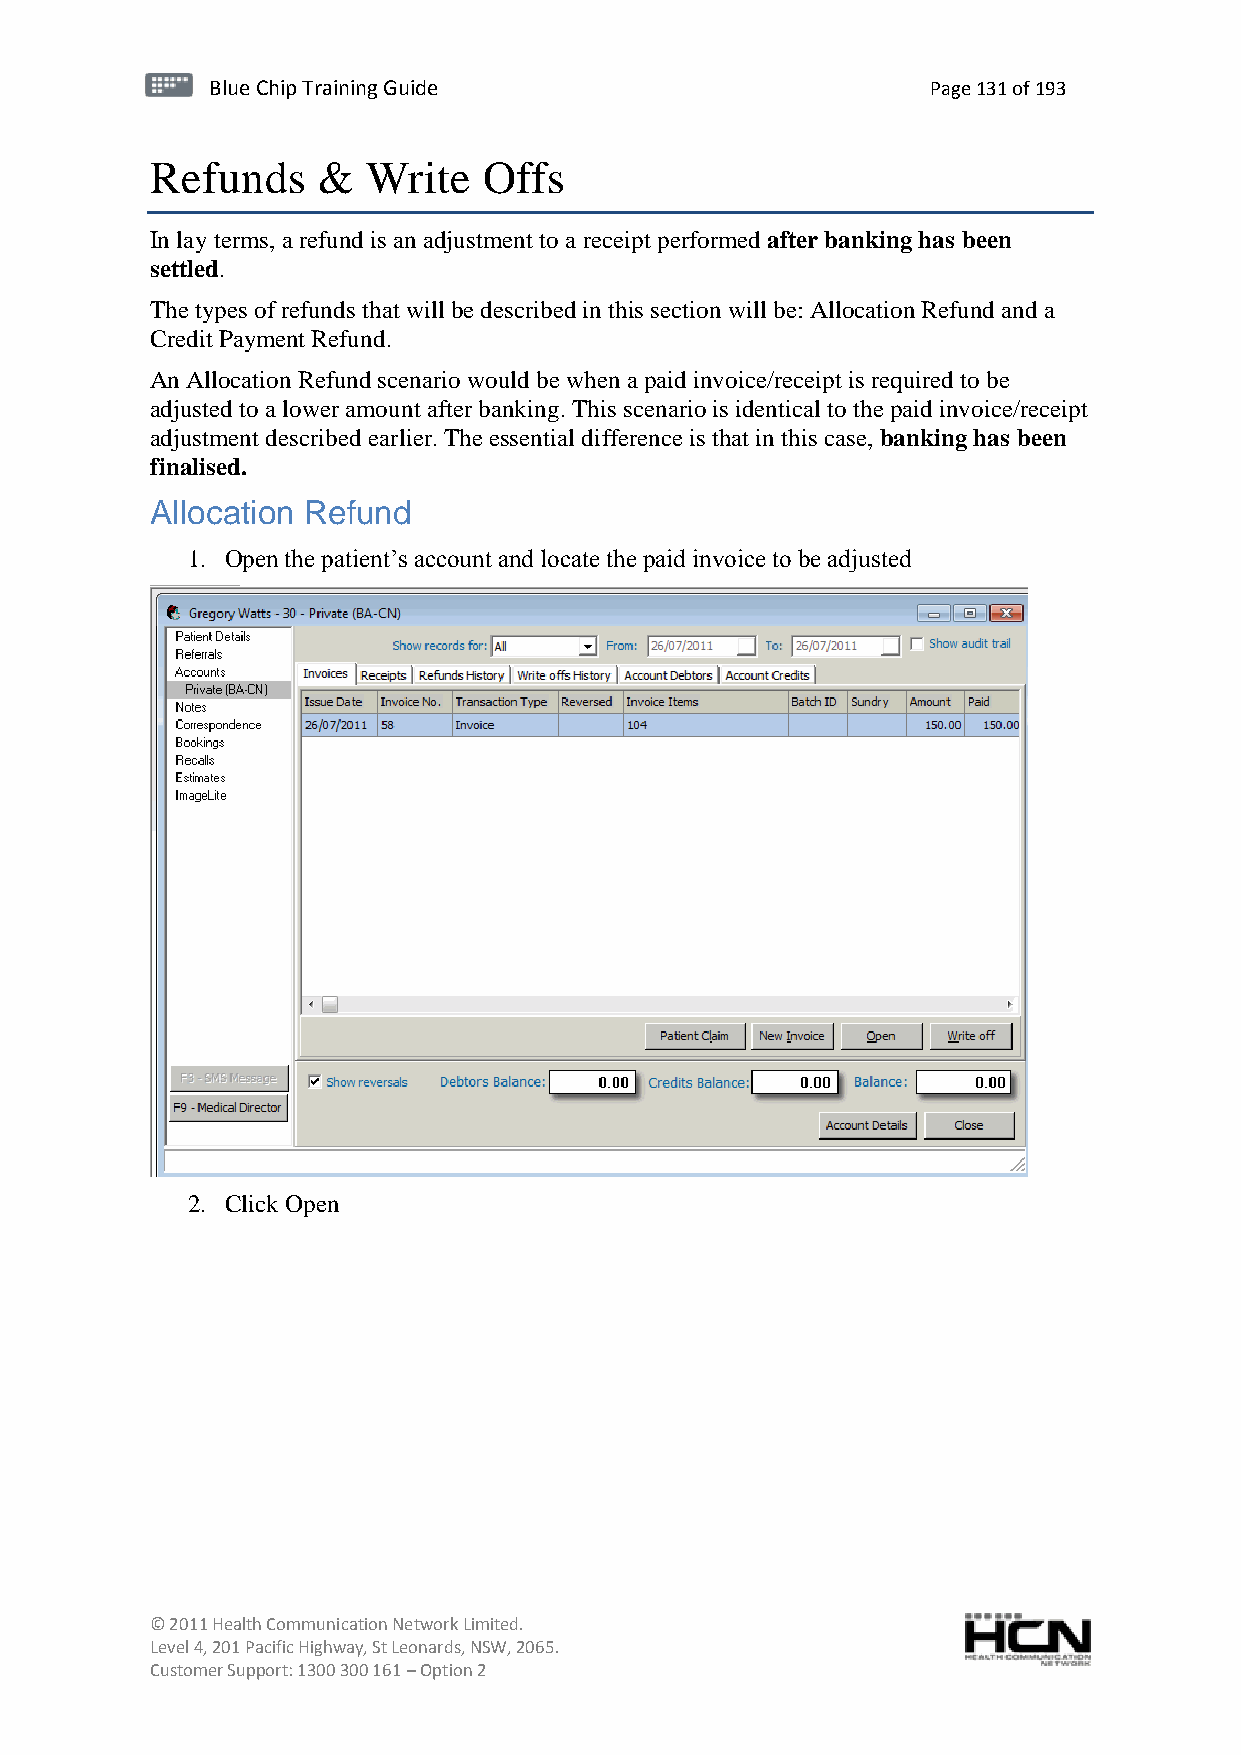
BBlluuee C Chihpi pTr Tairnainingi Gnugi dGeu ide Page 131 of 193
 Refunds    &  Write   Offs
 In lay terms, a refund is an adjustment to a receipt performed after banking has been
 settled.
 The types of refunds that will be described in this section will be: Allocation Refund and a
 Credit Payment Refund.
 An Allocation Refund scenario would be when a paid invoice/receipt is required to be
 adjusted to a lower amount after banking. This scenario is identical to the paid invoice/receipt
 adjustment described earlier. The essential difference is that in this case, banking has been
 finalised.
 Allocation Refund
 1. Open the patient’s account and locate the paid invoice to be adjusted
 2. Click Open
 © 2011 Health Communication Network Limited.
 Level 4, 201 Pacific Highway, St Leonards, NSW, 2065.
 Customer Support: 1300 300 161 – Option 2